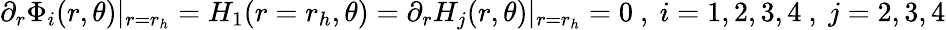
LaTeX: \partial_{r}\Phi_{i}(r,\theta)|_{r=r_{h}}=H_{1}(r=r_{h},\theta)=\partial_{r}H_{j}(r,\theta)|_{r=r_{h}}=0\ ,\ i=1,2,3,4\ ,\ j=2,3,4